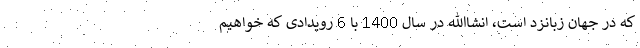
که در جهان زبانزد است، انشاالله در سال 1400 با 6 رویدادی که خواهیم